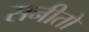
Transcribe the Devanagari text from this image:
सनीतो